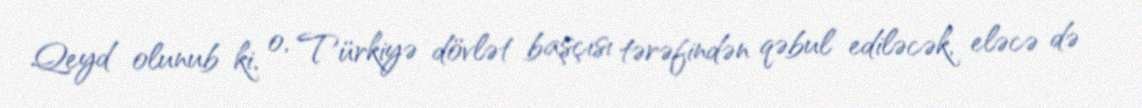
Qeyd olunub ki, o, Türkiyə dövlət başçısı tərəfindən qəbul ediləcək, eləcə də